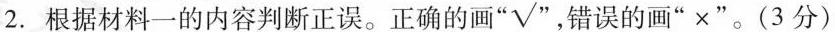
2. 根据材料一的内容判断正误。正确的画”√”，错误的画”×”。(3分)